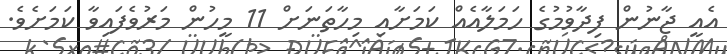
އެއީ ޖާނުން ފިދާވުމުގެ ހަމަލާއެއް ކަމަށާއި މިހާތަނަށް 11 މީހުން މަރުވެފައިވާ ކަމަށެވެ.